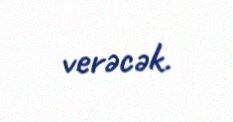
verəcək.